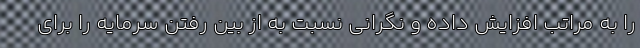
را به مراتب افزایش داده و نگرانی نسبت به از بین‌ رفتن سرمایه را برای